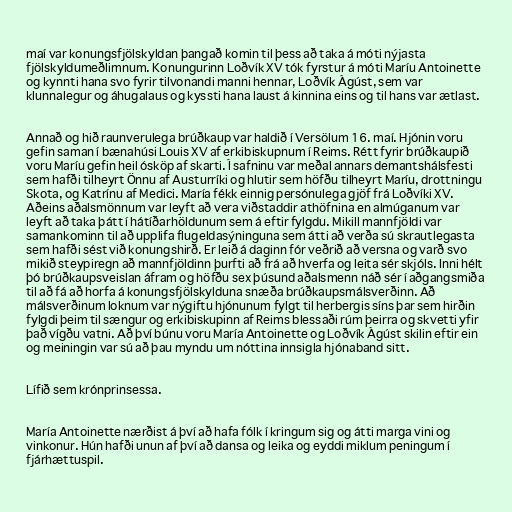
maí var konungsfjölskyldan þangað komin til þess að taka á móti nýjasta
fjölskyldumeðlimnum. Konungurinn Loðvík XV tók fyrstur á móti Maríu Antoinette
og kynnti hana svo fyrir tilvonandi manni hennar, Loðvík Ágúst, sem var
klunnalegur og áhugalaus og kyssti hana laust á kinnina eins og til hans var ætlast.

Annað og hið raunverulega brúðkaup var haldið í Versölum 16. maí. Hjónin voru
gefin saman í bænahúsi Louis XV af erkibiskupnum í Reims. Rétt fyrir brúðkaupið
voru Maríu gefin heil ósköp af skarti. Í safninu var meðal annars demantshálsfesti
sem hafði tilheyrt Önnu af Austurríki og hlutir sem höfðu tilheyrt Maríu, drottningu
Skota, og Katrínu af Medici. María fékk einnig persónulega gjöf frá Loðvíki XV.
Aðeins aðalsmönnum var leyft að vera viðstaddir athöfnina en almúganum var
leyft að taka þátt í hátíðarhöldunum sem á eftir fylgdu. Mikill mannfjöldi var
samankominn til að upplifa flugeldasýninguna sem átti að verða sú skrautlegasta
sem hafði sést við konungshirð. Er leið á daginn fór veðrið að versna og varð svo
mikið steypiregn að mannfjöldinn þurfti að frá að hverfa og leita sér skjóls. Inni hélt
þó brúðkaupsveislan áfram og höfðu sex þúsund aðalsmenn náð sér í aðgangsmiða
til að fá að horfa á konungsfjölskylduna snæða brúðkaupsmálsverðinn. Að
málsverðinum loknum var nýgiftu hjónunum fylgt til herbergis síns þar sem hirðin
fylgdi þeim til sængur og erkibiskupinn af Reims blessaði rúm þeirra og skvetti yfir
það vígðu vatni. Að því búnu voru María Antoinette og Loðvík Ágúst skilin eftir ein
og meiningin var sú að þau myndu um nóttina innsigla hjónaband sitt.

Lífið sem krónprinsessa.

María Antoinette nærðist á því að hafa fólk í kringum sig og átti marga vini og
vinkonur. Hún hafði unun af því að dansa og leika og eyddi miklum peningum í
fjárhættuspil.